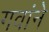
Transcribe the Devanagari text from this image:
गवांने